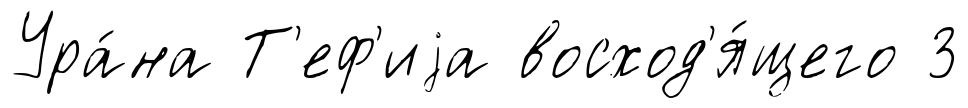
Ура́на Т'еф'иjа восход'я́щего 3